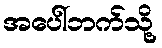
အပေါ်ဘက်သို့